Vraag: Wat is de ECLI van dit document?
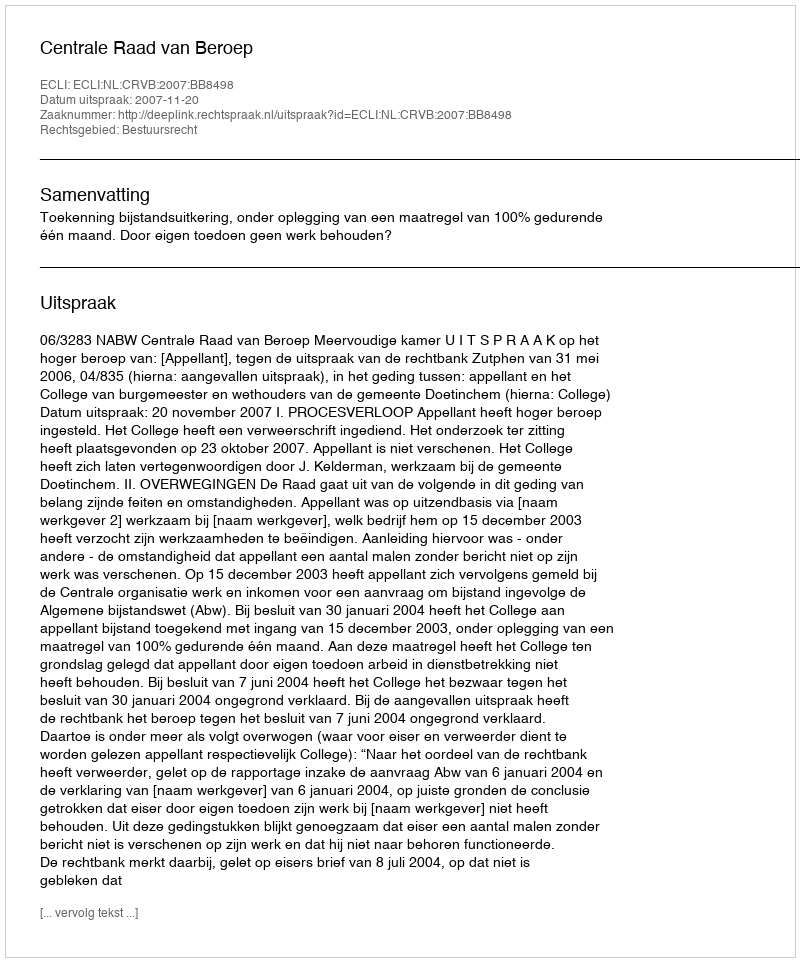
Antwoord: ECLI:NL:CRVB:2007:BB8498